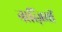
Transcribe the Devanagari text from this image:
नात्ज़ियों